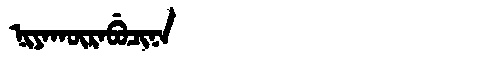
Manchu: ᠨᡳᠶᠠᡴᡡᡵᠠᠪᡠᠴᡳᠨᠠ
Romanization: NIYAKŪRABUCINA